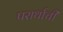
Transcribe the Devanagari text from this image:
परार्थाची